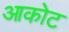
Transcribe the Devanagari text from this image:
आकोट